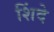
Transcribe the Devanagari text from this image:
शिंदे